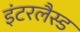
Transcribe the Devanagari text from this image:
इंटरलैस्ड